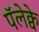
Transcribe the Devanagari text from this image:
पॅलेक्वे